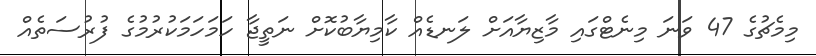
މިމެޗުގެ 47 ވަނަ މިނެޓްގައި މާޒިޔާއަށް ލަނޑެއް ކާމިޔާބުކޮށް ނަތީޖާ ހަމަހަމަކުރުމުގެ ފުރުސަތެއް